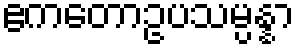
ဧကတောဥပသမ္ပန္နာ